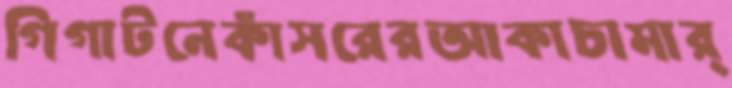
গিগাটনেকাঁসরেরআকাচামার্